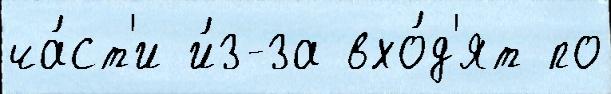
ча́ст'и и́з-за вхо́д'ят по